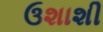
ઉશાશી